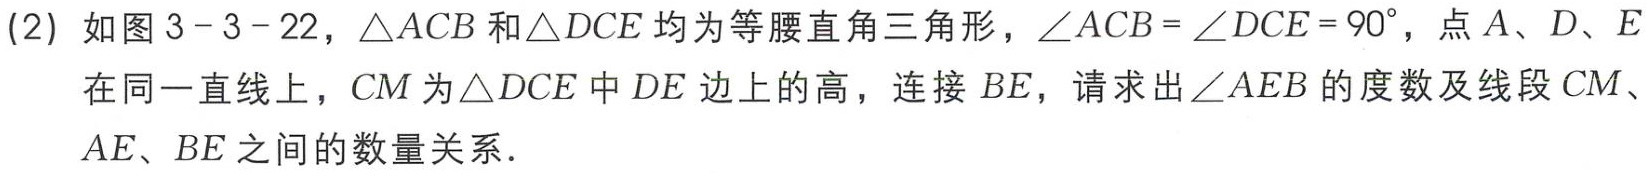
(2) 如图3 - 3 - 22，\(\triangle ACB\)和\(\triangle DCE\)均为等腰直角三角形，\(\angle ACB = \angle DCE = 90^{\circ}\)，点\(A\)、\(D\)、\(E\)在同一直线上，\(CM\)为\(\triangle DCE\)中\(DE\)边上的高，连接\(BE\)，请求出\(\angle AEB\)的度数及线段\(CM\)、\(AE\)、\(BE\)之间的数量关系.